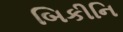
બિકીનિ